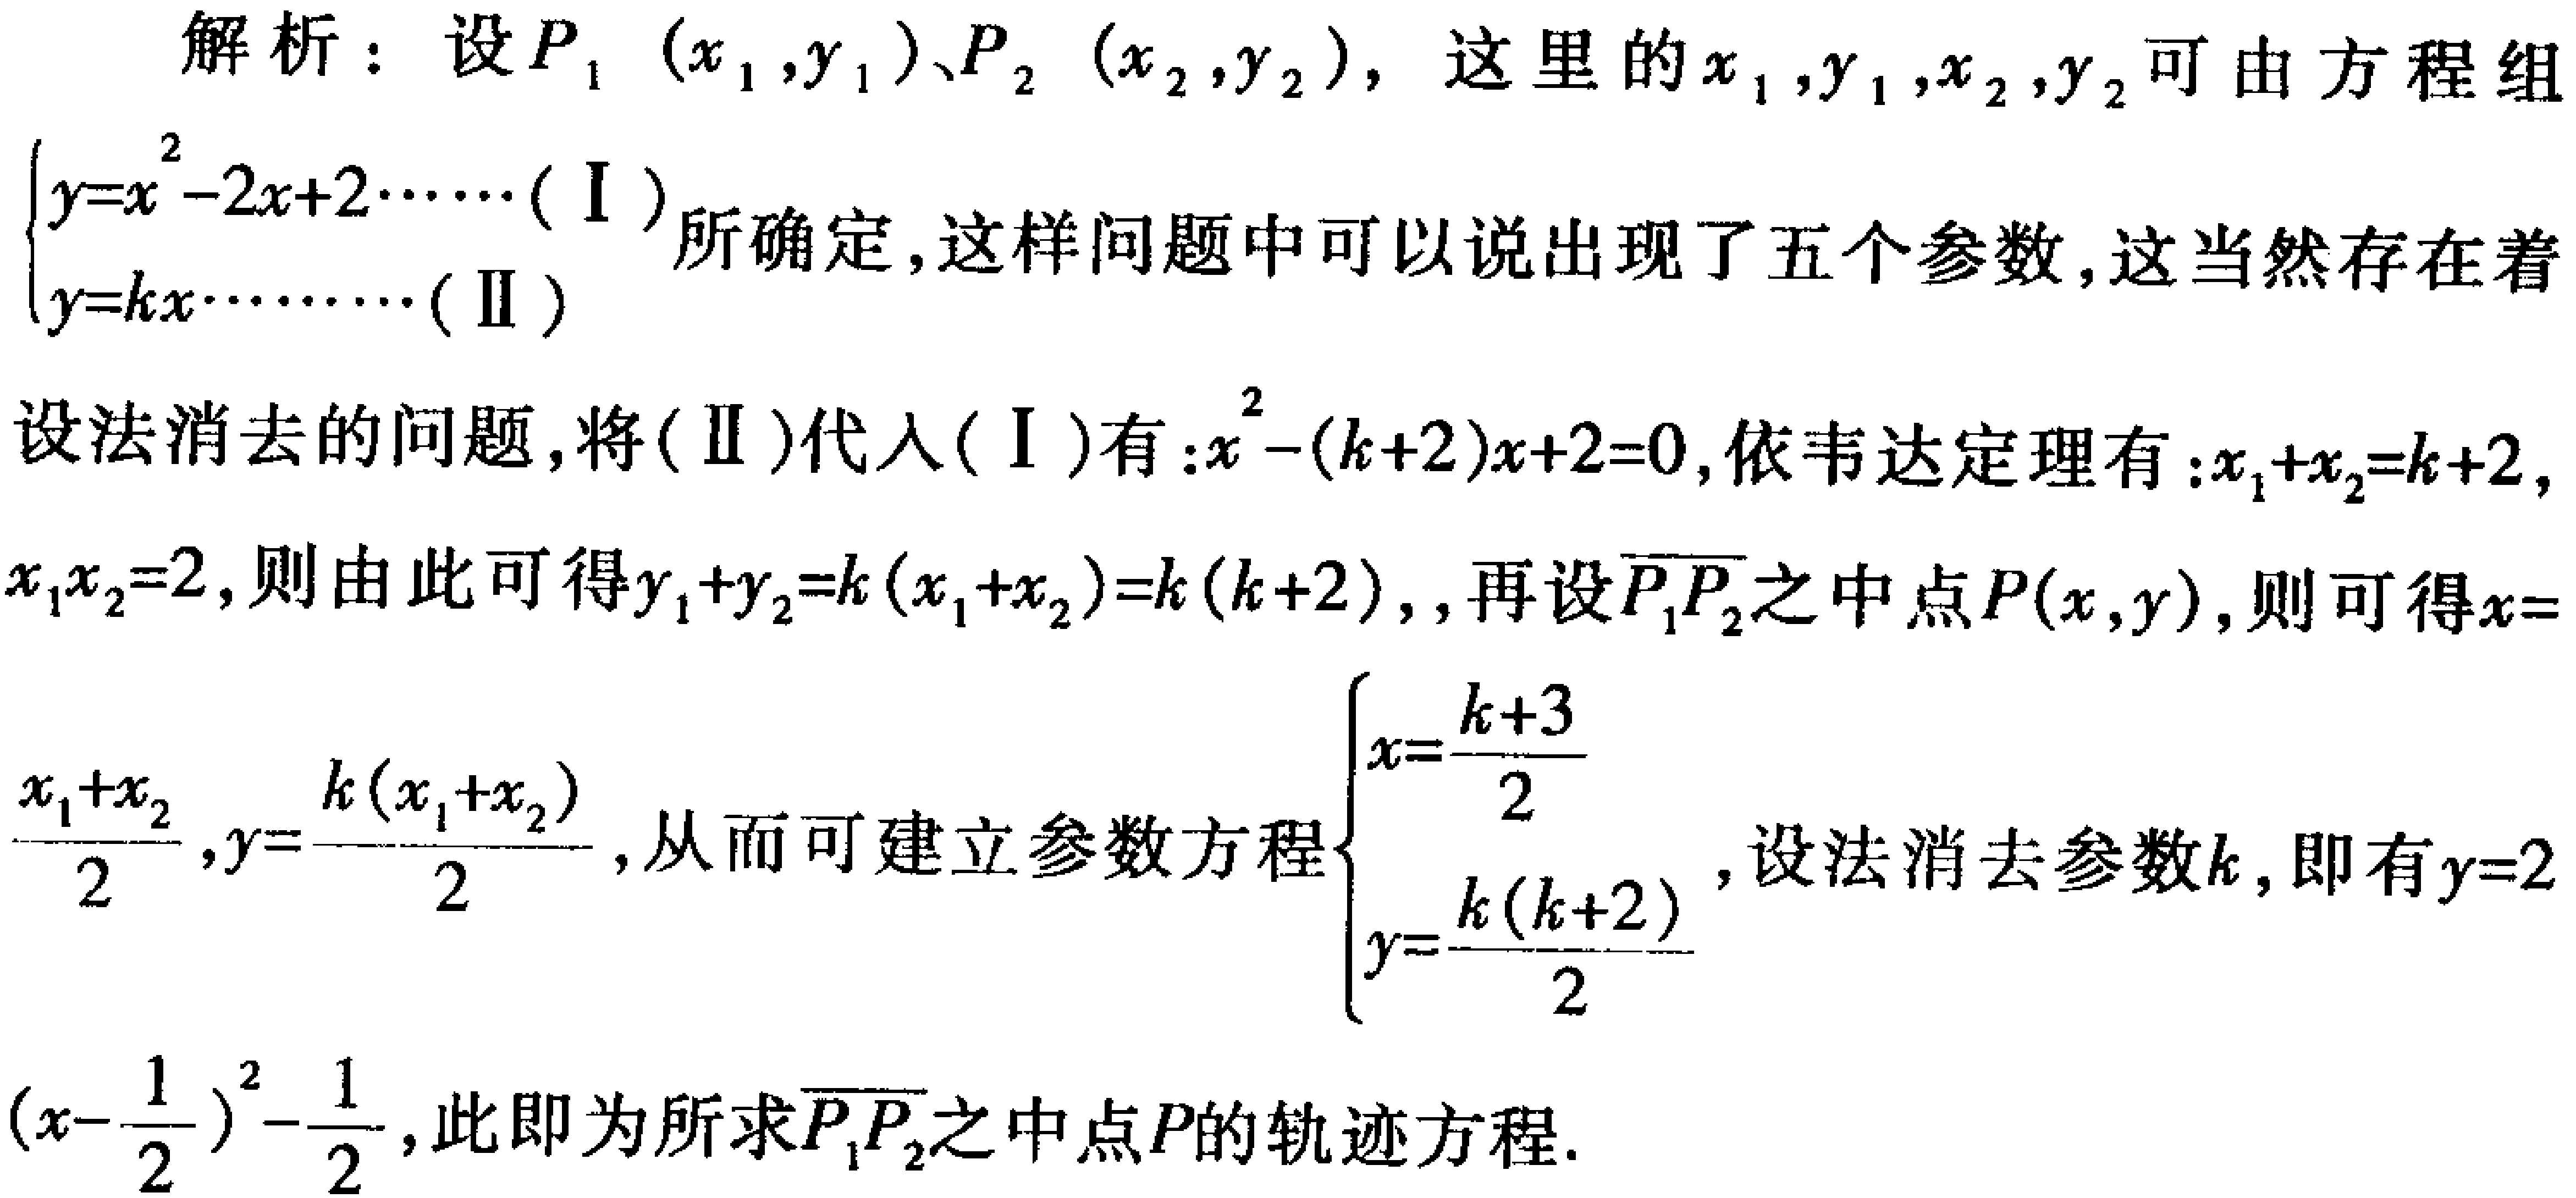
解析：设\(P_1(x_1,y_1)\)、\(P_2(x_2,y_2)\)，这里的\(x_1,y_1,x_2,y_2\)可由方程组
\(\begin{cases}y = x^{2}-2x + 2\cdots\cdots(\text{I})\\y = kx\cdots\cdots(\text{II})\end{cases}\)
所确定，这样问题中可以说出现了五个参数，这当然存在着设法消去的问题，将\((\text{II})\)代入\((\text{I})\)有：\(x^{2}-(k + 2)x + 2 = 0\)，依韦达定理有：\(x_1 + x_2 = k + 2\)，\(x_1x_2 = 2\)，则由此可得\(y_1 + y_2 = k(x_1 + x_2)=k(k + 2)\)，再设\(\overline{P_1P_2}\)之中点\(P(x,y)\)，则可得\(x = \frac{x_1 + x_2}{2}\)，\(y = \frac{k(x_1 + x_2)}{2}\)，从而可建立参数方程\(\begin{cases}x = \frac{k + 3}{2}\\y = \frac{k(k + 2)}{2}\end{cases}\)，设法消去参数\(k\)，即有\(y = 2\left(x-\frac{1}{2}\right)^{2}-\frac{1}{2}\)，此即为所求\(\overline{P_1P_2}\)之中点\(P\)的轨迹方程。